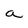
Character: a